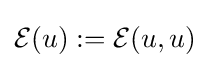
{\mathcal {E}}(u):={\mathcal {E}}(u,u)